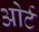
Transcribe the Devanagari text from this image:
ओर्ट